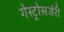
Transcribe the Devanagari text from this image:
गेस्ट्रोसर्जरी